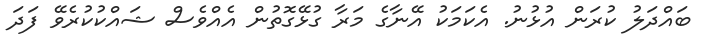
ބައްދަލު ކުރަން އުޅުނު. އެކަމަކު އޭނާގެ މަރާ ގުޅޭގޮތުން އެއްވެސް ޝައްކުކުރެވޭ ފަދަ